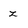
Character: z